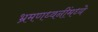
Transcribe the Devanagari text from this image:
भ्रमणध्वनींमध्ये